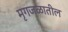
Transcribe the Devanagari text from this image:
मृगजळातील